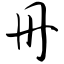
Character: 册